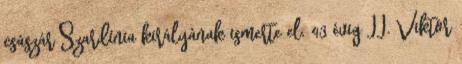
császár Szardínia királyának ismerte el. 43 évig II. Viktor